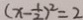
( x - \frac { 1 } { 2 } ) ^ { 2 } = 2